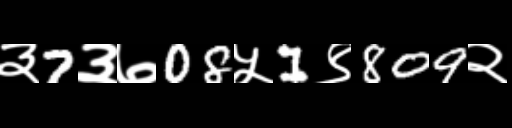
Text: ३7३७08५1९809२